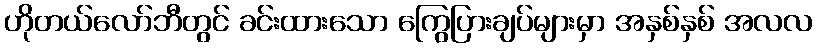
ဟိုတယ်လော်ဘီတွင် ခင်းထားသော ကြွေပြားချပ်များမှာ အနှစ်နှစ် အလလ